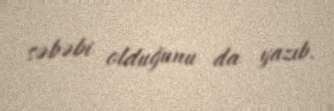
səbəbi olduğunu da yazıb.